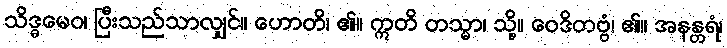
သိဒ္ဓမေဝ၊ ပြီးသည်သာလျှင်။ ဟောတိ၊ ၏။ ဣတိ တသ္မာ၊ သို့။ ဝေဒိတဗ္ဗံ၊ ၏။ အနန္တရံ၊